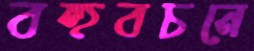
বহুবচনে